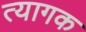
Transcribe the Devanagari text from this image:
त्यागक